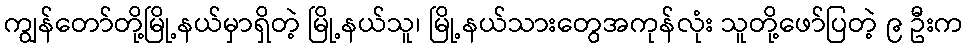
ကျွန်တော်တို့မြို့နယ်မှာရှိတဲ့ မြို့နယ်သူ၊ မြို့နယ်သားတွေအကုန်လုံး သူတို့ဖော်ပြတဲ့ ၉ ဦးက